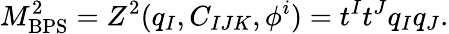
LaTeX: M_{\mathrm{BPS}}^{2}=Z^{2}(q_{I},C_{IJK},\phi^{i})=t^{I}t^{J}q_{I}q_{J}.